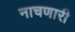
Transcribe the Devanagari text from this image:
नाचणारी